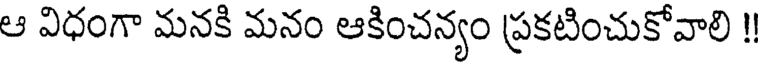
ఆ విధంగా మనకి మనం ఆకించన్యం ప్రకటించుకోవాలి !